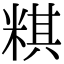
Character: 粸